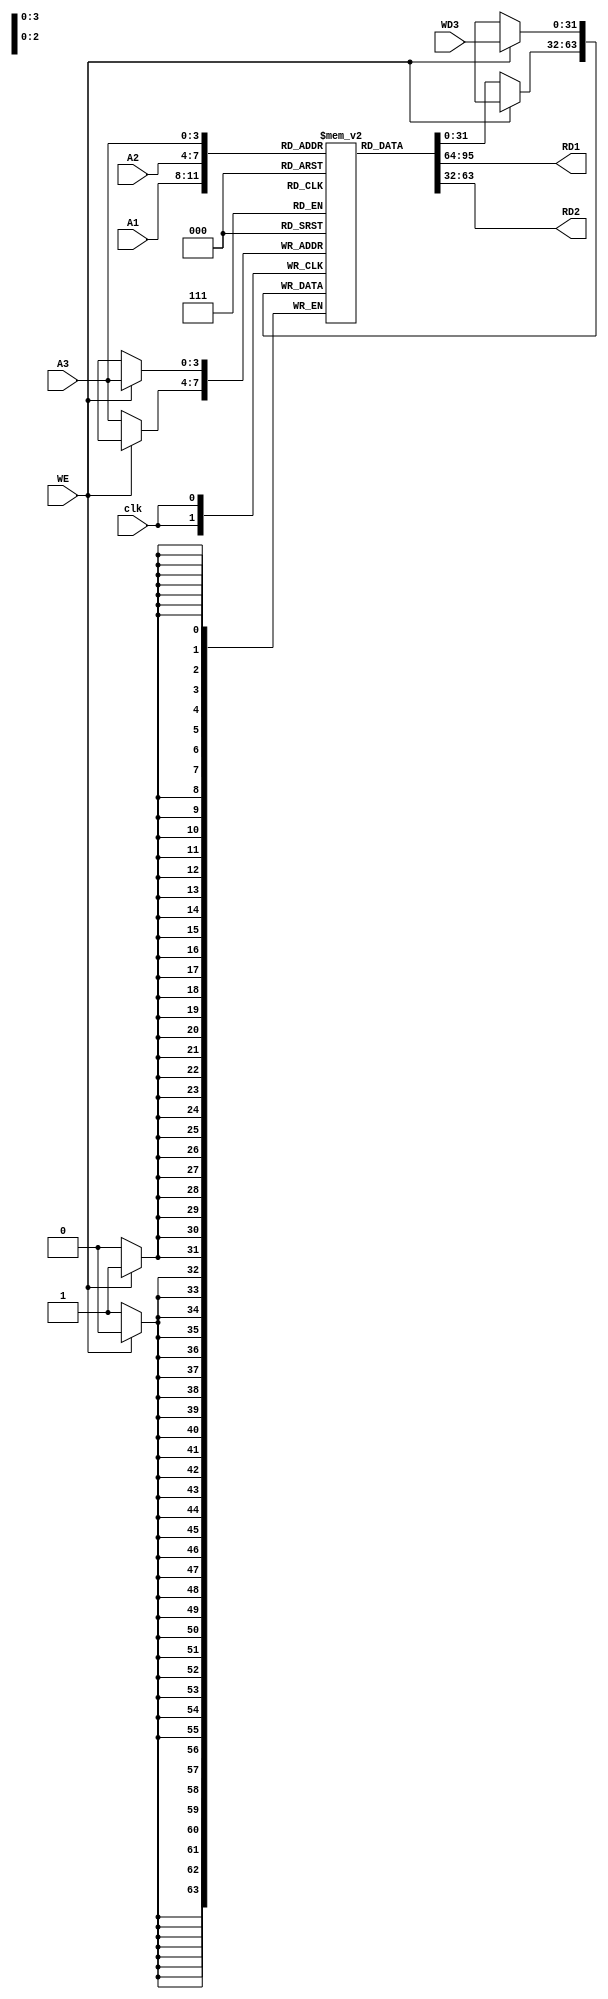
module regfile (clk,A1,A2,A3,WD3,WE,RD1,RD2);

//inputs
input clk;
input WE;
input [3:0] A1;
input [3:0] A2;
input [3:0] A3;
input [31:0] WD3;

//outputs
output [31:0] RD1;
output [31:0] RD2;

//registers
reg [31:0] registers [15:0];

initial
begin
	registers[0] = 32'h00000000;
	registers[1] = 32'h00000000;
	registers[2] = 32'h00000000;
	registers[3] = 32'h00000000;
	registers[4] = 32'h00000000;
	registers[5] = 32'h00000000;
	registers[6] = 32'h00000000;
	registers[7] = 32'h00000000;
	registers[8] = 32'h00000000;
	registers[9] = 32'h00000000;
	registers[10] = 32'h00000000;
	registers[11] = 32'h00000000;
	registers[12] = 32'h00000000;
	registers[13] = 32'h00000000;
	registers[14] = 32'h00000000;
	registers[15] = 32'h00000000;
end

//async read
assign RD1 = registers[A1];
assign RD2 = registers[A2];

//synchronous write
always@(posedge clk)
begin
	if(WE==1'b1)
		begin
			registers[A3] <= WD3;
		end
	else
		begin
			registers[A3] <= registers[A3];
		end
end

endmodule